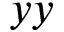
y y